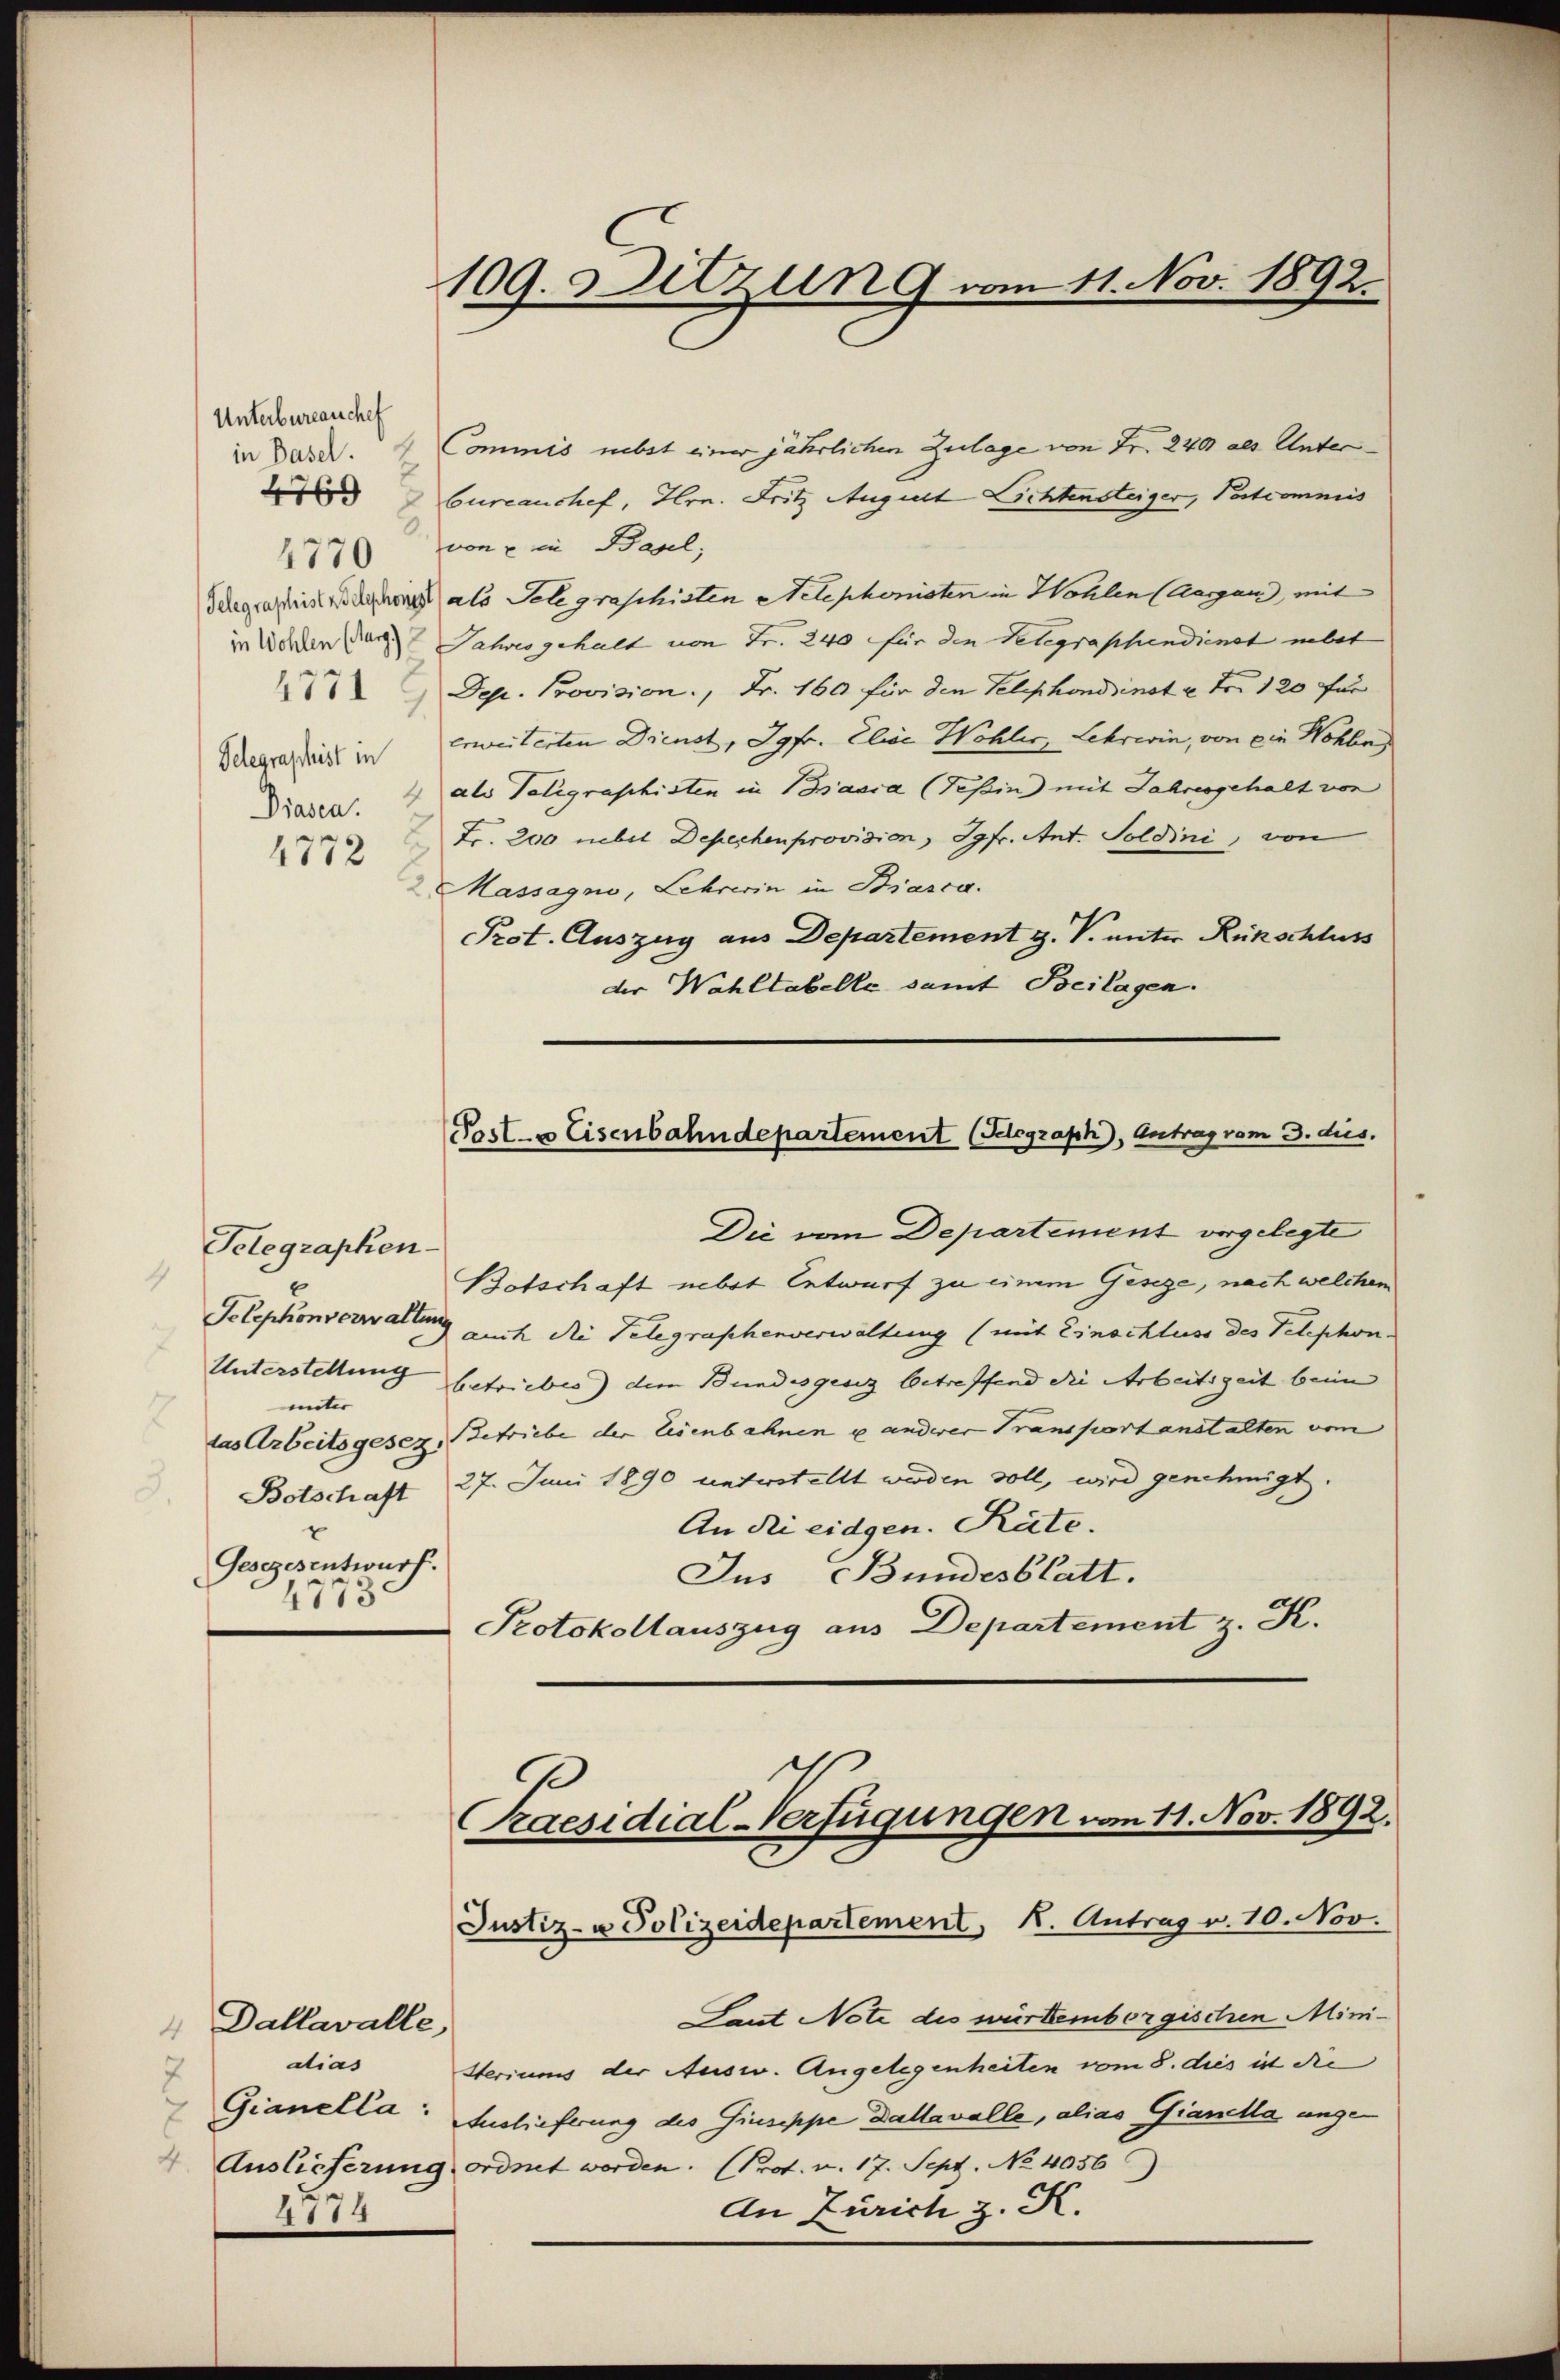
Unterbureauche
in Basel.
4769
Telegraphist in
Prasen.
1772

Telegraphen-
Telephonverwaltung
Unterstellung
unter
las Arbeitsgesez
Botschaft
Gesezesentwurf.
4773.

Dallavalle,
4
dias
7
4774

109. Dilzung vom 11. Nov. 1892.

Commis nebst einer jährlichen Zulage von Fr. 240 als Unter
Cureaushef, Hrn. Fritz August Lichtensteiger, Patcommis
4770 von ein Basel,
Schgrastistigung als Telegraschisten Aelephonisten in Wohlen (Aaran, mit
in Wohlen der Jahres gehalt von Fr. 240 für den Telegraphendienst nebst
Dep. Provision, Fr. 160 für den Telephondzinst u. Fr. 120 für
erweiterten Dienst, Jgfr. Elise Wohler, Lehrwin, von die Wohle
 als Veligraphisten in Basia (Tessin mit Jahresgehalt von
Fr. 200 nebet Depechen provision, Jgfr. Ant. Soldini, von
2 Massagno, Lehrerin in Biasca.
Prot. Auszug aus Departement g. V. unter Rückschluss
der Wahltabelle damit Beilagen.

Posts Eisenbahndepartement (Telegraph, Antrag vom 3. dus.

Praesidial-Verfügungen vom 11. Nov. 1892.
Justiz- u Polizeidepartement, K. Antrag v. 10. Nov.

Die vom Departement vorgelegte
Botschaft nebst Entwurf zu einem Geseze, nach welchen
auch die Telegraphenverwaltung (mit Einschluss des Telephon.
betriebes) dem Bundesgesez betreffend die Arbeitszeit beim
Betriebe der Eisenbahnen u anderer Transport anstalten vo
27. Juni 1890 unterstellt werden soll, wird genehmigt.
An die eidgen. Räte.
Jus Bundesblatt.
Protokollauszug aus Departement z. K.

ant Note des württembergischen Mini¬
Steriums der Ausw. Angelegenheiten vom 8. dies ist die
Gianella: Auslieferung des Giuseppe dallavalle, alias Gianella unge¬
4. Auslieferung ordnet worden. (Prot. v. 17. Sept. No 4056
An Zürich z. K.